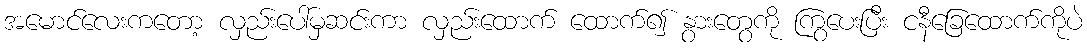
အမောင်လေးကတော့ လှည်းပေါ်မှဆင်းကာ လှည်းထောက် ထောက်၍ နွားတွေကို ကြွပေးပြီး ငနီခြေထောက်ကိုပဲ